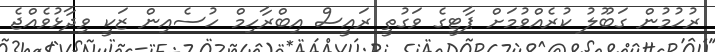
ރުހުމުން ގަބޫލު ކުރެއްވުމަށް ޕާޓީގެ ވަގުތީ ރައީސް އިބްރާހިމް ހުސެއިން ޒަކީ ވިދާޅުވެއްޖެ